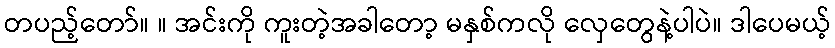
တပည့်တော်။ ။ အင်းကို ကူးတဲ့အခါတော့ မနှစ်ကလို လှေတွေနဲ့ပါပဲ။ ဒါပေမယ့်